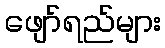
ဖျော်ရည်များ